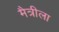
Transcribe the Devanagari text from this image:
मैत्रीला